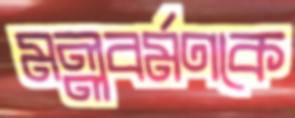
মল্লবর্মণকে